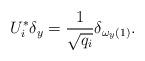
LaTeX: \begin{align*}U_i^*\delta_y=\frac{1}{\sqrt{q_i}}\delta_{\omega_y(1)}.\end{align*}